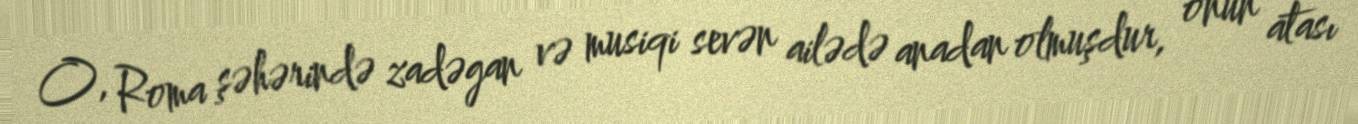
O, Roma şəhərində zadəgan və musiqi sevən ailədə anadan olmuşdur, onun atası